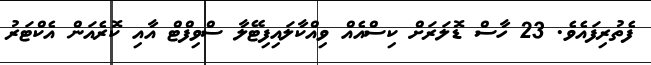
ފެތުރިފައެވެ. 23 ހާސް ޑޮލަރަށް ކިސްއެއް ވިއްކާލައިފިޓޭލާ ސްވިފްޓް އާއި ކޮރެއަން އެކްޓަރު